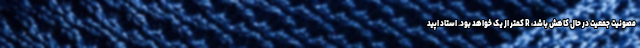
مصونیت جمعیت در حال کاهش باشد، R کمتر از یک خواهد بود. استاد اپید